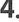
4.